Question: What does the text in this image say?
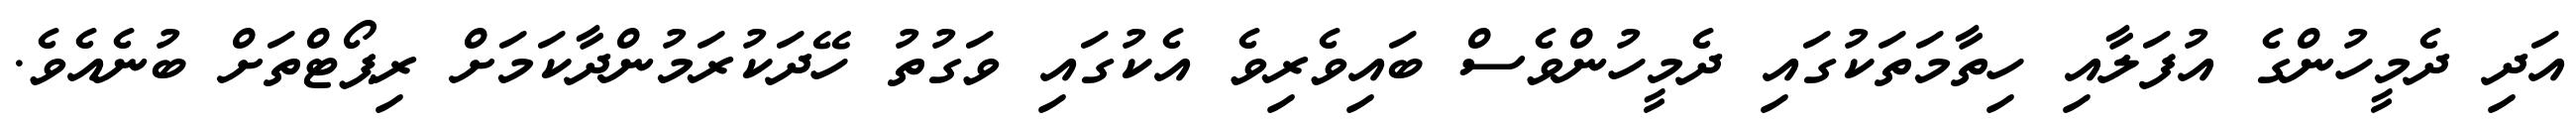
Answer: އަދި ދެމީހުންގެ އުފަލާއި ހިތާމަތަކުގައި ދެމީހުންވެސް ބައިވެރިވެ އެކުގައި ވަގުތު ހޭދަކުރަމުންދާކަމަށް ރިޕޯޓްތަށް ބުނެއެވެ.